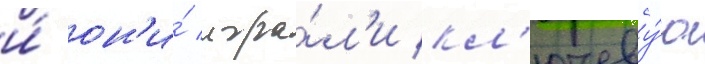
и́ он'и́ игра́л'и кл'ючеву́ю